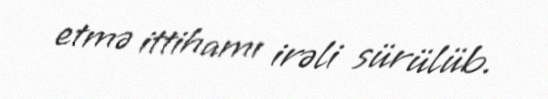
etmə ittihamı irəli sürülüb.